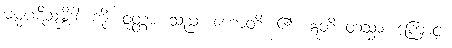
ဓမ္မပဋိသမ္ဘိဒါ၊ ကို။ ဝုတ္တာ၊ သည်။ ဟောတိ၊ ၏။ ဣတိ တသ္မာ၊ ကြောင့်။